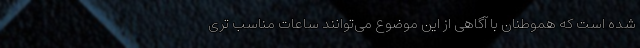
شده است که هموطنان با آگاهی از این موضوع می‌توانند ساعات مناسب تری